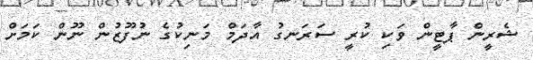
ޝެރީން ޕާޓީން ވަކި ކުރީ ސަރަނގު އާދަމް މަނިކުގެ ނުފޫޒުން ނޫން ކަމަށް